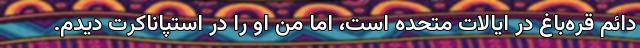
دائم قره‌باغ در ایالات متحده است، اما من او را در استپاناکرت دیدم.